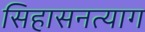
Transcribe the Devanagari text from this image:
सिहासनत्याग